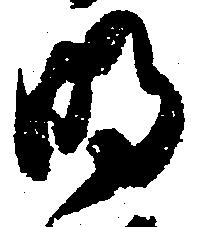
明